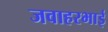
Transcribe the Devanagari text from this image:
जवाहरभाई